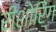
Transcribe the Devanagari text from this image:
रीशोरिंग